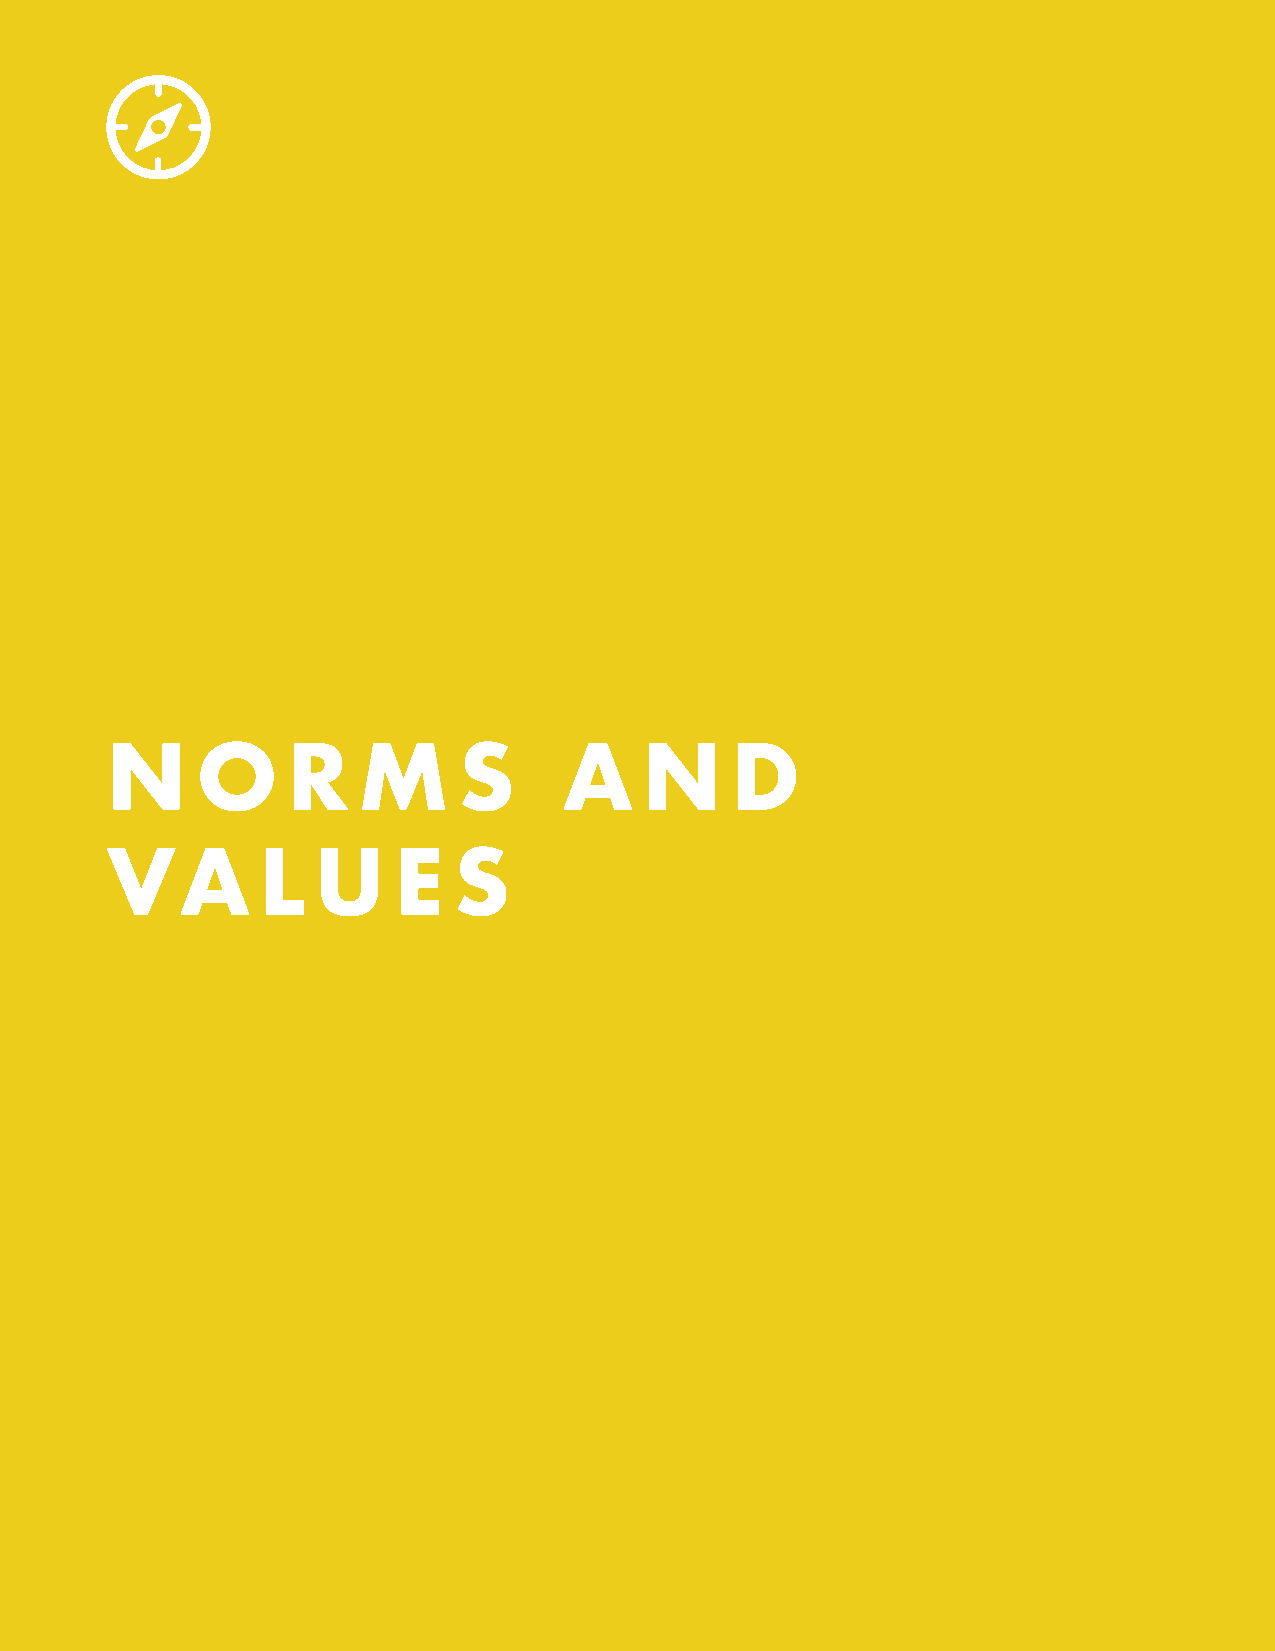
N     O     R    M     S      A     N    D
 VA        L   U    E   S